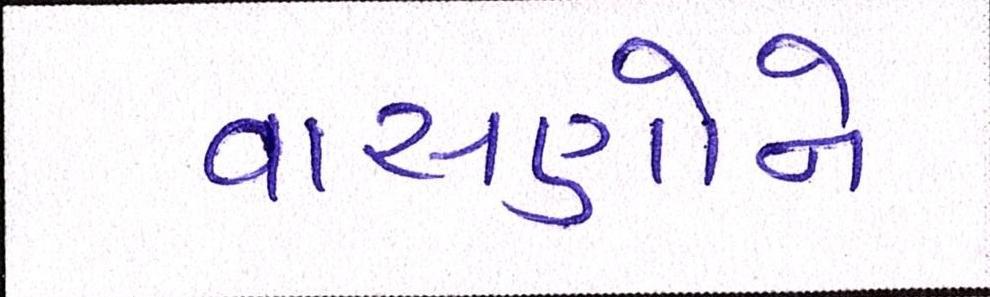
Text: વાસણોને